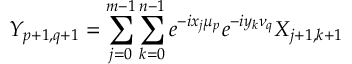
Y _ { p + 1 , q + 1 } = \sum _ { j = 0 } ^ { m - 1 } \sum _ { k = 0 } ^ { n - 1 } e ^ { - i x _ { j } \mu _ { p } } e ^ { - i y _ { k } \nu _ { q } } X _ { j + 1 , k + 1 }